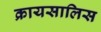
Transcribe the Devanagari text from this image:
क्रायसालिस